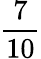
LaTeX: \frac{7}{10}